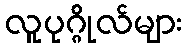
လူပုဂ္ဂိုလ်များ